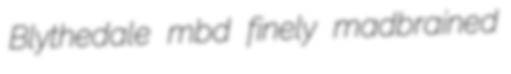
Blythedale mbd finely madbrained